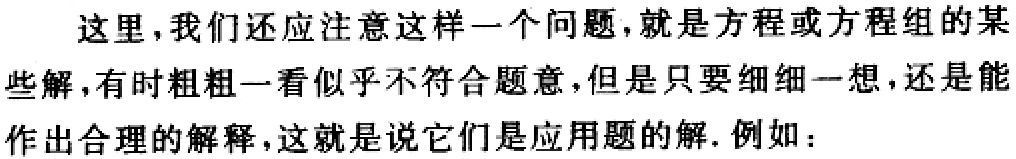
这里，我们还应注意这样一个问题，就是方程或方程组的某些解，有时粗粗一看似乎不符合题意，但是只要细细一想，还是能作出合理的解释，这就是说它们是应用题的解. 例如：